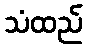
သံထည်